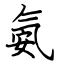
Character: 氨